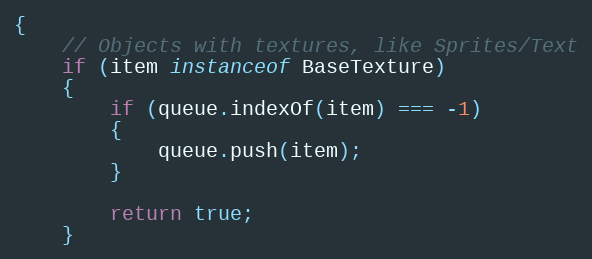
Language: JavaScript
{
    // Objects with textures, like Sprites/Text
    if (item instanceof BaseTexture)
    {
        if (queue.indexOf(item) === -1)
        {
            queue.push(item);
        }

        return true;
    }